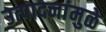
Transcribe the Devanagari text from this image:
उत्पादनांमुळे